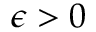
\epsilon > 0